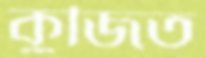
কুজিত